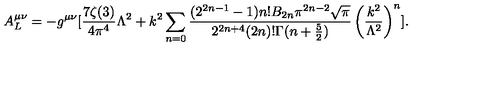
A _ { L } ^ { \mu \nu } = - g ^ { \mu \nu } [ { \frac { 7 \zeta ( 3 ) } { 4 \pi ^ { 4 } } } \Lambda ^ { 2 } + k ^ { 2 } \sum _ { n = 0 } { \frac { ( 2 ^ { 2 n - 1 } - 1 ) n ! B _ { 2 n } \pi ^ { 2 n - 2 } { \sqrt \pi } } { 2 ^ { 2 n + 4 } ( 2 n ) ! \Gamma ( n + \frac { 5 } { 2 } ) } } \left( { \frac { k ^ { 2 } } { \Lambda ^ { 2 } } } \right) ^ { n } ] .